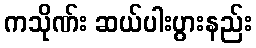
ကသိုဏ်း ဆယ်ပါးပွားနည်း